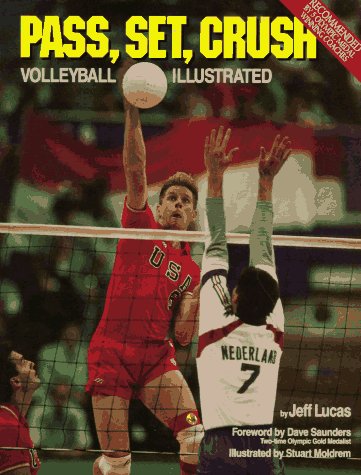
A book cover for Pass, Set, Crush: Volleyball Illustrated; Jeff Lucas; Sports & Outdoors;